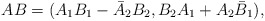
\begin{align*}AB=(A_1B_1-\bar{A}_2B_2,B_2A_1+A_2\bar{B}_1), \end{align*}